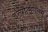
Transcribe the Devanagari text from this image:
इत्यष्टमंगलम